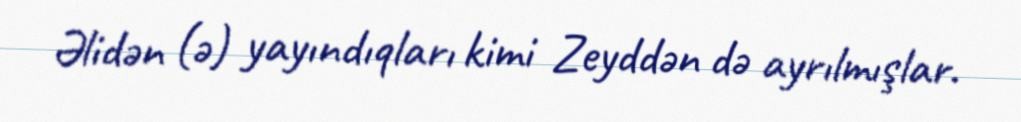
Əlidən (ə) yayındıqları kimi Zeyddən də ayrılmışlar.